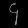
Digit: ၄